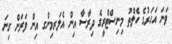
ވަނަ އަހަރުގެ ހެލްތު މިނިސްޓްރީގެ ދިރާސާ އިން އެލަރމިންގ އިން ވަރަށް ގިނަ